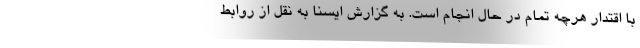
با اقتدار هرچه تمام در حال انجام است. به گزارش ایسنا به نقل از روابط